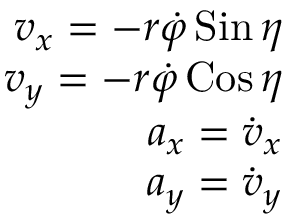
\begin{array} { r } { v _ { x } = - r \dot { \varphi } \operatorname { S i n } \eta } \\ { v _ { y } = - r \dot { \varphi } \operatorname { C o s } \eta } \\ { a _ { x } = \dot { v } _ { x } } \\ { a _ { y } = \dot { v } _ { y } } \end{array}